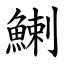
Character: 鯻